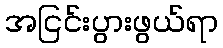
အငြင်းပွားဖွယ်ရာ